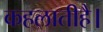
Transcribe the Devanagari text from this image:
कहलातीहै।